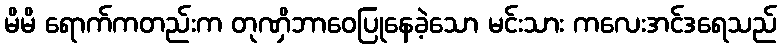
မိမိ ရောက်ကတည်းက တုဏှိဘာဝေပြုနေခဲ့သော မင်းသား ကလေးအင်ဒရေသည်